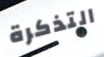
التذكرة